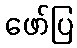
ဖော်ပြ